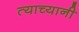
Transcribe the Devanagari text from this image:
त्याच्यानी